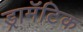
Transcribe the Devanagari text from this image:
ड्रामॅटिक